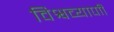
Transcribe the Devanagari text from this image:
विश्वव्यापाी